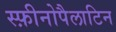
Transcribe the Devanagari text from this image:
स्फ़ीनोपैलाटिन